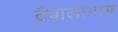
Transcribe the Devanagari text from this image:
टैबालागाम